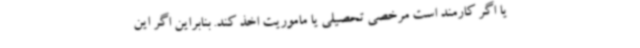
یا اگر کارمند است مرخصی تحصیلی یا ماموریت اخذ کند. بنابراین اگر این